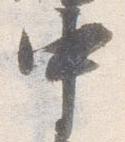
中